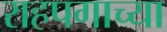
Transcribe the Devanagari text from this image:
राहपगाच्या